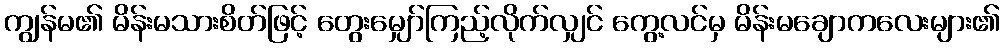
ကျွန်မ၏ မိန်းမသားစိတ်ဖြင့် တွေးမျှော်ကြည့်လိုက်လျှင် ကွေ့လင်မှ မိန်းမချောကလေးများ၏